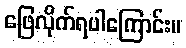
ဖြေလိုက်ရပါကြောင်း။